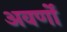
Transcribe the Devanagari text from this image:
अवर्णों